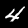
Label: 4